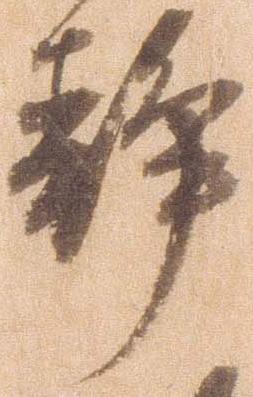
静